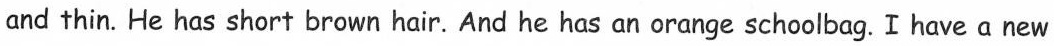
and thin. He has short brown hair.And he has an orange schoolbag.Ihave a new